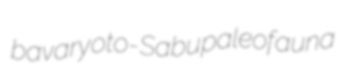
bavary oto- Sabu paleofauna